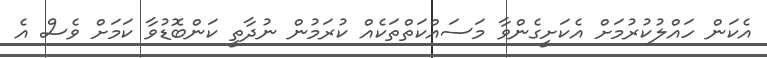
އެކަން ހައްލުކުރުމަށް އެކަށީގެންވާ މަސައްކަތްތަކެއް ކުރަމުން ނުދާތީ ކަންބޮޑުވާ ކަމަށް ވެސް އެ